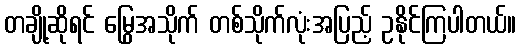
တချို့ဆိုရင် မြွေအသိုက် တစ်သိုက်လုံးအပြည့် ဥနိုင်ကြပါတယ်။